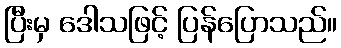
ပြီးမှ ဒေါသဖြင့် ပြန်ပြောသည်။